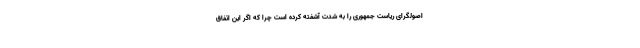
اصولگرای ریاست جمهوری را به شدت آشفته کرده است چرا که اگر این اتفاق